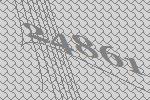
24861